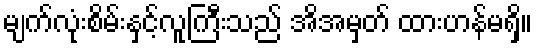
မျက်လုံးစိမ်းနှင့်လူကြီးသည် အိအမှတ် ထားဟန်မရှိ။